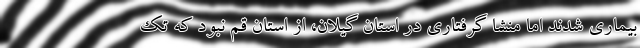
بیماری شدند اما منشا گرفتاری در استان گیلان، از استان قم نبود که تک